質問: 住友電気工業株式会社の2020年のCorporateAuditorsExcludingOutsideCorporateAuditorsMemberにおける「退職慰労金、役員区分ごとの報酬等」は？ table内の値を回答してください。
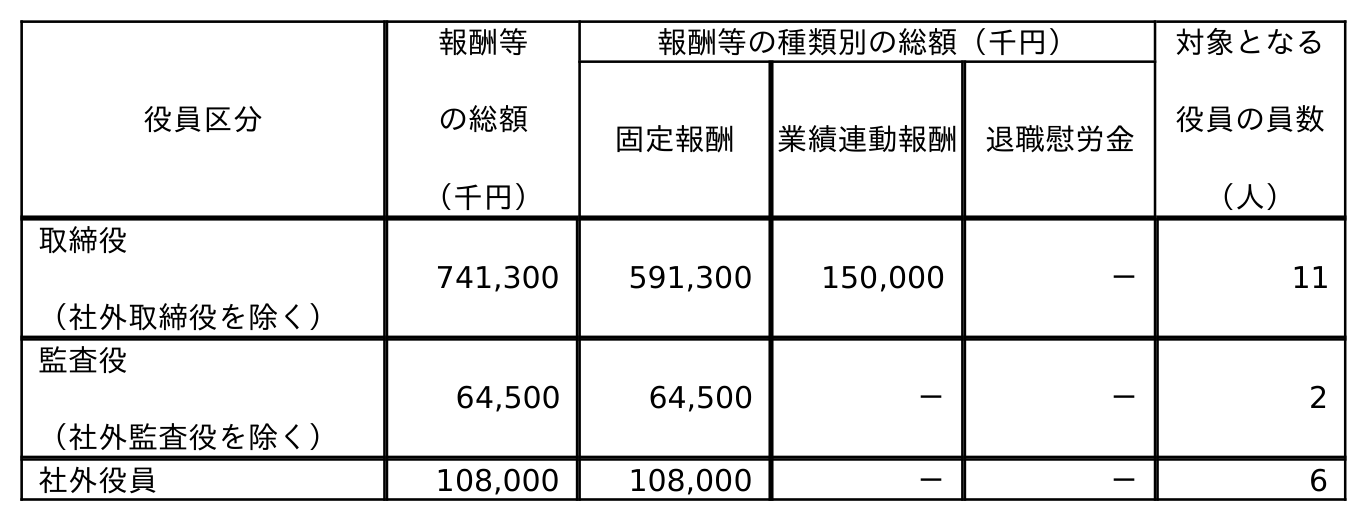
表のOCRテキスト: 役員区分 報酬等 の総額 （千円） 報酬等の種類別の総額（千円） 対象となる 役員の員数 （人） 固定報酬 業績連動報酬 退職慰労金 取締役 （社外取締役を除く） 741,300 591,300 150,000 － 11 監査役 （社外監査役を除く） 64,500 64,500 － － 2 社外役員 108,000 108,000 － － 6
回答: －